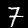
Label: 7